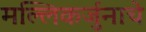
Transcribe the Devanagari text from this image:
मल्लिकर्जुनाचे